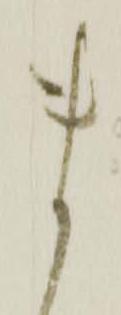
ま